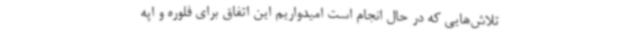
تلاش‌هایی که در حال انجام است امیدواریم این اتفاق برای فلوره و اپه